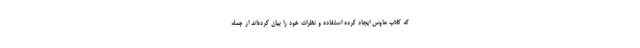
که کلاب هاوس ایجاد کرده استفاده و نظرات خود را بیان کرده‌اند از جمله